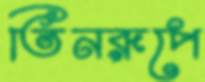
তিনরূপে